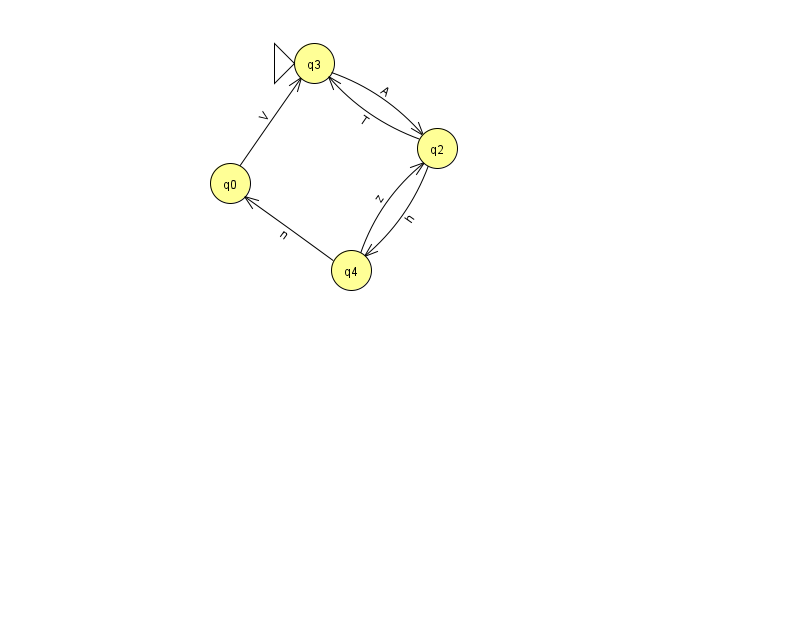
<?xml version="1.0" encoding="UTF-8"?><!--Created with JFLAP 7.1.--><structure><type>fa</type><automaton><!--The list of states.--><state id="0" name="q0"><x>230.0</x><y>170.0</y></state><state id="2" name="q2"><x>437.0</x><y>135.0</y></state><state id="3" name="q3"><x>314.0</x><y>50.0</y><initial/></state><state id="4" name="q4"><x>351.0</x><y>257.0</y></state><!--The list of transitions.--><transition><from>2</from><to>4</to><read>h</read></transition><transition><from>4</from><to>2</to><read>z</read></transition><transition><from>0</from><to>3</to><read>V</read></transition><transition><from>2</from><to>3</to><read>T</read></transition><transition><from>4</from><to>0</to><read>n</read></transition><transition><from>3</from><to>2</to><read>A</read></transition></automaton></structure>